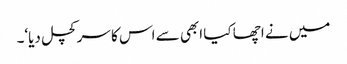
میں نے اچھا کیا ابھی سے اس کا سر کچل دیا‘۔